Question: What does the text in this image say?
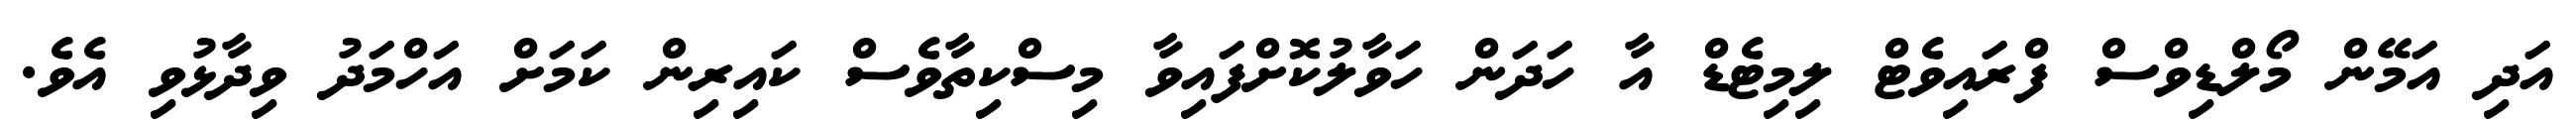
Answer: އަދި އަމޭން މޯލްޑިވްސް ފްރައިވެޓް ލިމިޓެޑް އާ ހަދަން ހަވާލުކޮށްފައިވާ މިސްކިތާވެސް ކައިރިން ކަމަށް އަހްމަދު ވިދާޅުވި އެވެ.